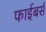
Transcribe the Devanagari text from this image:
फाईबर्स